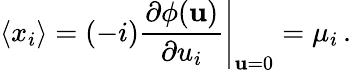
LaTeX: \langle x_{i}\rangle=(-i)\left.{\frac{\partial\phi({\mathbf u})}{\partial u_{i}}}\right|_{{\mathbf u}=0}=\mu_{i}\, .